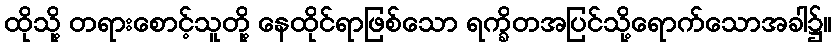
ထိုသို့ တရားစောင့်သူတို့ နေထိုင်ရာဖြစ်သော ရက္ခိတအပြင်သို့ရောက်သောအခါ၌။